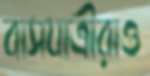
বাসযাত্রীরাও